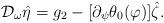
LaTeX: \begin{align*}\mathcal{D}_{\omega}\hat{\eta}=g_2-[\partial_{\psi} \theta_0(\varphi)] \hat{\zeta}.\end{align*}